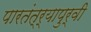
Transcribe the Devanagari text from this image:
पारतंत्र्यापुर्वी